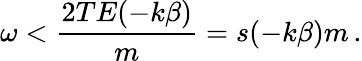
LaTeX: \omega<\frac{2TE(-k\beta)}{m}=s(-k\beta)m\, .